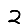
Digit: 2